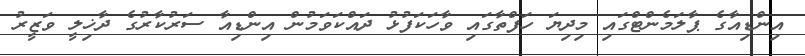
އިންޑިއާގެ ޕާލަމެންޓްގައި މިދިޔަ ހަފްތާގައި ވާހަކަފުޅު ދައްކަވަމުން އިންޑިއާ ސަރުކާރުގެ ދާޚިލީ ވަޒީރު